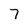
Character: 7